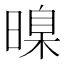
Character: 暞